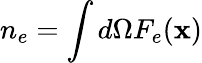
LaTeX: n_{e}=\int d\Omega F_{e}(\mathbf{x})